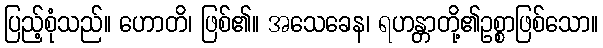
ပြည့်စုံသည်။ ဟောတိ၊ ဖြစ်၏။ အသေခေန၊ ရဟန္တာတို့၏ဥစ္စာဖြစ်သော။